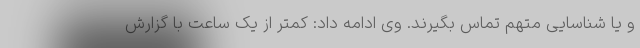
و یا شناسایی متهم تماس بگیرند. وی ادامه داد: کمتر از یک ساعت با گزارش